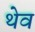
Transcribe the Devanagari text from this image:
थेव